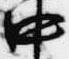
中